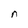
Character: n